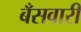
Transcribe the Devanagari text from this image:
बँसवारी